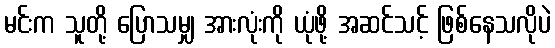
မင်းက သူတို့ ပြောသမျှ အားလုံးကို ယုံဖို့ အဆင်သင့် ဖြစ်နေသလိုပဲ